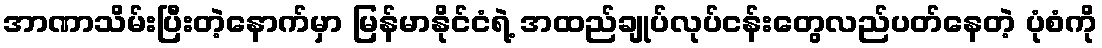
အာဏာသိမ်းပြီးတဲ့နောက်မှာ မြန်မာနိုင်ငံရဲ့ အထည်ချုပ်လုပ်ငန်းတွေလည်ပတ်နေတဲ့ ပုံစံကို